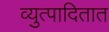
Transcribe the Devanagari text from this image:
व्युत्पादितात